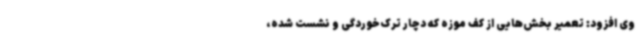
وی افزود: تعمیر بخش‌هایی از کف موزه که دچار ترک‌خوردگی و نشست شده،